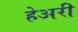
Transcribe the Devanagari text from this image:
हेअरी